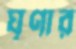
ঘৃণার